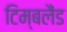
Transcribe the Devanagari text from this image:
टिम्बलैंड